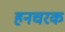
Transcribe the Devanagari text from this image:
हनचरक